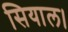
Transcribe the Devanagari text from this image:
सियाल।